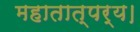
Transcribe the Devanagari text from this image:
महातात्पर्य।